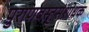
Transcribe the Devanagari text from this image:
पुराणवस्तुसंशोधक